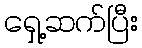
ရှေ့ဆက်ပြီး